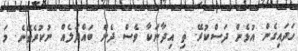
ހަދައިގެން އުޅެން ދަސްކުރޭ. ތި އިދާނަކާ ވެސް ދެން ބައްދަލެއް ނުކުރެވޭނެ. މަ